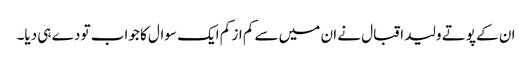
ان کے پوتے ولید اقبال نے ان میں سے کم از کم ایک سوال کا جواب تو دے ہی دیا۔